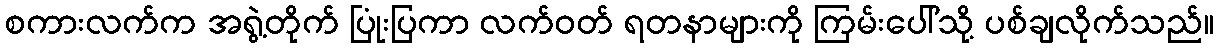
စကားလက်က အရွဲ့တိုက် ပြုံးပြကာ လက်ဝတ် ရတနာများကို ကြမ်းပေါ်သို့ ပစ်ချလိုက်သည်။